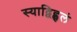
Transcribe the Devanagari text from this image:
स्याद्विह्वलं